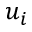
u _ { i }